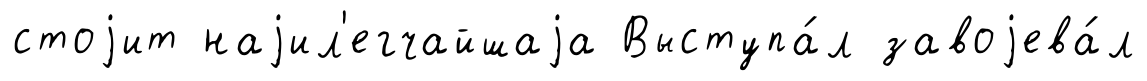
стоjит наjил'егчайшаjа Выступа́л завоjева́л